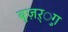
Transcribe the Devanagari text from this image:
बुज़ऱ्ुग